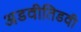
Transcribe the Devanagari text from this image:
अडवीतिडवी